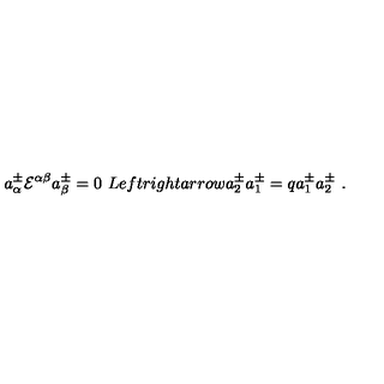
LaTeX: a _ { \alpha } ^ { \pm } { \cal E } ^ { \alpha \beta } a _ { \beta } ^ { \pm } = 0 \ L e f t r i g h t a r r o w a _ { 2 } ^ { \pm } a _ { 1 } ^ { \pm } = q a _ { 1 } ^ { \pm } a _ { 2 } ^ { \pm } \ .